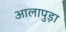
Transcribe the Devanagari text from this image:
आलापुड़ा